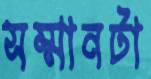
সম্মানটা